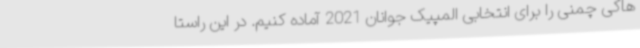
هاکی چمنی را برای انتخابی المپیک جوانان 2021 آماده کنیم. در این راستا